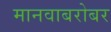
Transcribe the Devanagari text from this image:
मानवाबरोबर